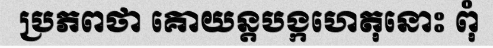
ប្រភពថា គោយន្តបង្កហេតុនោះ ពុំ